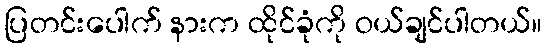
ပြတင်းပေါက် နားက ထိုင်ခုံကို ဝယ်ချင်ပါတယ်။